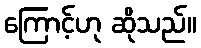
ကြောင့်ဟု ဆိုသည်။